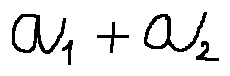
a _ { 1 } + a _ { 2 }